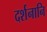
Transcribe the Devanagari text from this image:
दर्शनानि